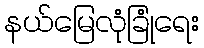
နယ်မြေလုံခြုံရေး